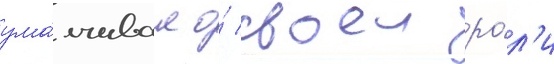
ума́лчивал о́ своеи ро́л'и